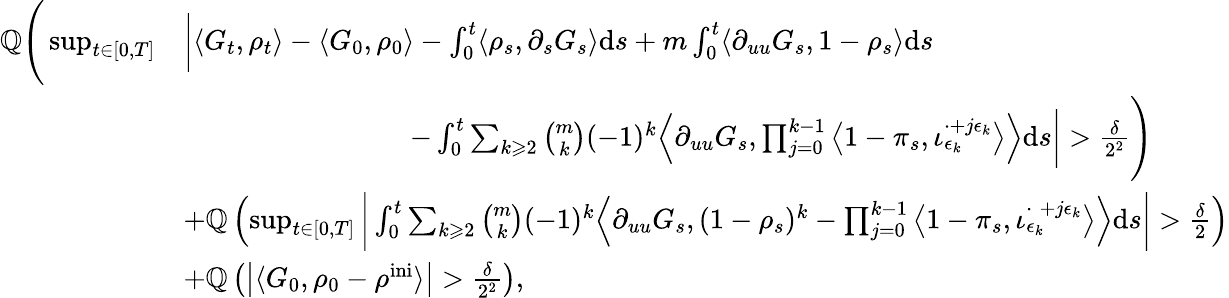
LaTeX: \begin{array}{rl}{\mathbb{Q}\Bigg(\operatorname*{sup}_{t\in[0,T]}}&{\bigg|\langle G_{t},\rho_{t}\rangle-\langle G_{0},\rho_{0}\rangle-\int_{0}^{t}\langle\rho_{s},\partial_{s}G_{s}\rangle\mathrm{d}s+m\int_{0}^{t}\langle\partial_{uu}G_{s},1-\rho_{s}\rangle\mathrm{d}s}\\ &{\qquad\qquad\qquad\qquad-\int_{0}^{t}\sum_{k\geqslant 2}\binom{m}{k}(-1)^{k}\Big\langle\partial_{uu}G_{s},\prod_{j=0}^{k-1}\big\langle 1-\pi_{s},{\iota}_{\epsilon_{k}}^{\cdot+j\epsilon_{k}}\big\rangle\Big\rangle\mathrm{d}s\bigg|>\frac{\delta}{2^{2}}\Bigg)}\\ &{+\mathbb{Q}\left(\operatorname*{sup}_{t\in[0,T]}\bigg|\int_{0}^{t}\sum_{k\geqslant 2}\binom{m}{k}(-1)^{k}\Big\langle\partial_{uu}G_{s},(1-\rho_{s})^{k}-\prod_{j=0}^{k-1}\big\langle 1-\pi_{s},{\iota}_{\epsilon_{k}}^{\cdot\; +j\epsilon_{k}}\big\rangle\Big\rangle\mathrm{d}s\bigg|>\frac{\delta}{2}\right)}\\ &{+\mathbb{Q}\left(\big|\langle G_{0},\rho_{0}-\rho^{\mathrm{ini}}\rangle\big|>\frac{\delta}{2^{2}}\right),}\end{array}